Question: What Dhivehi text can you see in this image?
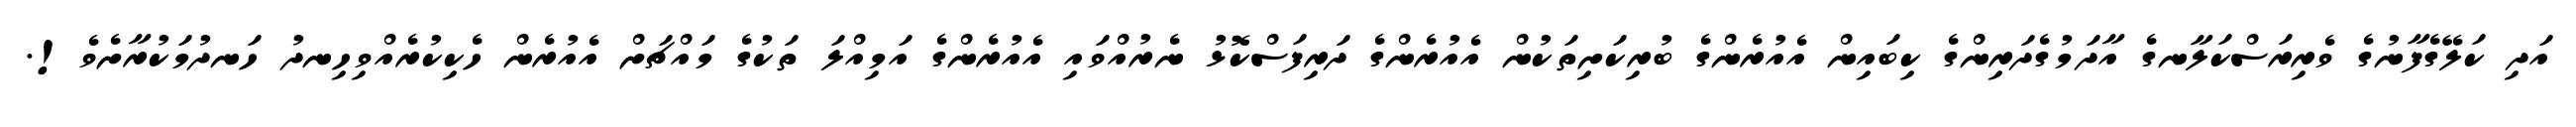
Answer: އަދި ކަލޭގެފާނުގެ ވެރިރަސްކަލާނގެ އާދަމުގެދަރިންގެ ކިބައިން އެއުރެންގެ ބުރިކަށިތަކުން އެއުރެންގެ ދަރިފަސްކޮޅު ނެރުއްވައި އެއުރެންގެ އަމިއްލަ ތަކުގެ މައްޗަށް އެއުރެން ހެކިކުރެއްވިހިނދު ހަނދުމަކުރާށެވެ!.